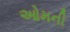
ઓમની